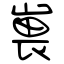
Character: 嵔